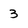
Character: 3